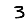
Digit: 3